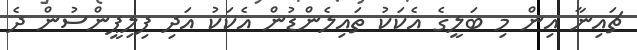
ޗައިނާ އިން މި ބަލީގެ އެކަކު ތައިލެންޑުން އެކަކު އަދި ފިލިޕީންސުން ދެ